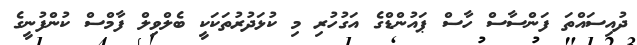
ދުއިސައްތަ ފަންސާސް ހާސް ޕައުންޑްގެ އަގުހުރި މި ކުޅަދުރުތަކަކީ ބެލްވިލް ފާމްސް ކުންފުނީގެ